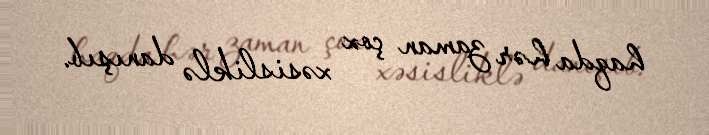
haqda hər zaman çox xəsisliklə danışıb.